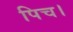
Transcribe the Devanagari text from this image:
पिच।